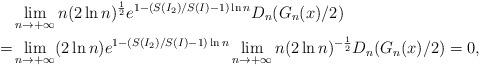
LaTeX: \begin{align*}&\lim_{n\to+\infty}n(2\ln n)^{\frac{1}{2}}e^{1-(S(I_2)/S(I)-1)\ln n}D_n(G_n(x)/2)\\=&\lim_{n\to+\infty}(2\ln n)e^{1-(S(I_2)/S(I)-1)\ln n}\lim_{n\to+\infty}n(2\ln n)^{-\frac{1}{2}}D_n(G_n(x)/2)=0,\end{align*}